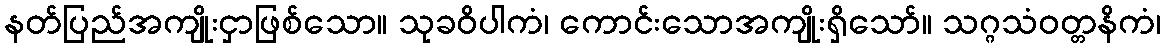
နတ်ပြည်အကျိုးငှာဖြစ်သော။ သုခဝိပါကံ၊ ကောင်းသောအကျိုးရှိသော်။ သဂ္ဂသံဝတ္တနိကံ၊